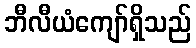
ဘီလီယံကျော်ရှိသည်